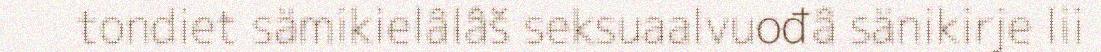
tondiet sämikielâlâš seksuaalvuođâ sänikirje lii